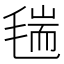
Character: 𣮼